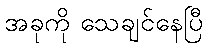
အခုကို သေချင်နေပြီ